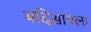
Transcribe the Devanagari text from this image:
बदिसायला